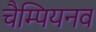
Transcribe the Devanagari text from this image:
चैम्पियनव